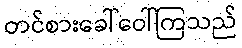
တင်စားခေါ်ဝေါ်ကြသည်